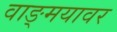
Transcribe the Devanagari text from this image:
वाङ्‍मयावर